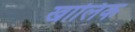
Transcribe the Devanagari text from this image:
खालिक